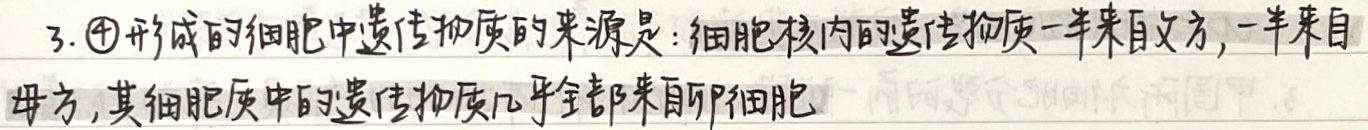
3. \textcircled{4}形成的细胞中遗传物质的来源是：细胞核内的遗传物质一半来自父方，一半来自母方，其细胞质中的遗传物质几乎全部来自卵细胞。